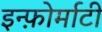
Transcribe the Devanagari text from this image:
इन्फ़ोर्माटी